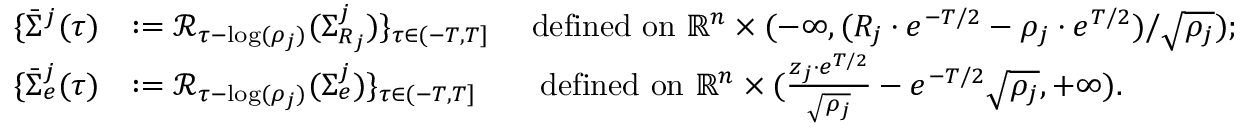
\begin{array} { r l } { \{ \bar { \Sigma } ^ { j } ( \tau ) } & { : = \mathcal { R } _ { \tau - \log ( \rho _ { j } ) } ( \Sigma _ { R _ { j } } ^ { j } ) \} _ { \tau \in ( - T , T ] } \ \ \ \mathrm { ~ d e f i n e d ~ o n ~ } \mathbb { R } ^ { n } \times ( - \infty , ( R _ { j } \cdot e ^ { - T / 2 } - \rho _ { j } \cdot e ^ { T / 2 } ) / \sqrt { \rho _ { j } } ) ; } \\ { \{ \bar { \Sigma } _ { e } ^ { j } ( \tau ) } & { : = \mathcal { R } _ { \tau - \log ( \rho _ { j } ) } ( \Sigma _ { e } ^ { j } ) \} _ { \tau \in ( - T , T ] } \ \ \ \ \ \mathrm { ~ d e f i n e d ~ o n ~ } \mathbb { R } ^ { n } \times ( \frac { z _ { j } \cdot e ^ { T / 2 } } { \sqrt { \rho _ { j } } } - e ^ { - T / 2 } \sqrt { \rho _ { j } } , + \infty ) . } \end{array}